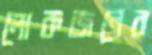
লোকজনের